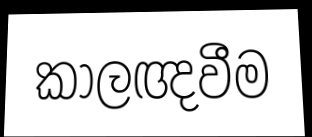
කාලඥවීම